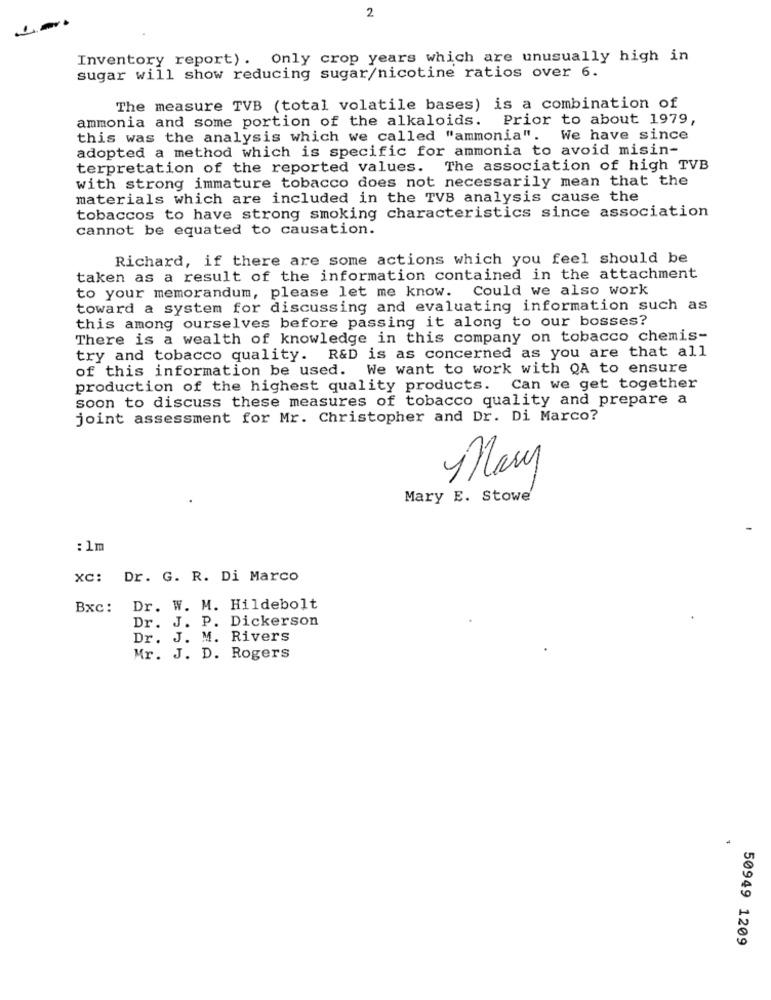
2
Inventory report). Only crop years which are unusually high in
sugar will show reducing sugar/nicotine ratios over 6.
The measure TVB (total volatile bases) is a combination of
ammonia and some portion of the alkaloids. Prior to about 1979,
this was the analysis which we called "ammonia".
We have since
adopted a method which is specific for ammonia to avoid misin-
terpretation of the reported values. The association of high TVB
with strong immature tobacco does not necessarily mean that the
materials which are included in the TVB analysis cause the
tobaccos to have strong smoking characteristics since association
cannot be equated to causation.
Richard, if there are some actions which you feel should be
taken as a result of the information contained in the attachment
to your memorandum, please let me know. Could we also work
toward a system for discussing and evaluating information such as
this among ourselves before passing it along to our bosses?
There is a wealth of knowledge in this company on tobacco chemis-
try and tobacco quality. R&D is as concerned as you are that all
of this information be used. We want to work with QA to ensure
production of the highest quality products. Can we get together
soon to discuss these measures of tobacco quality and prepare a
joint assessment for Mr. Christopher and Dr. Di Marco?
Mary
Mary E. Stowe'
: 1m
XC: Dr. G. R. Di Marco
Bxc :
Dr. W. M. Hildebolt
Dr. J. P. Dickerson
Dr. J. M. Rivers
Mr. J. D. Rogers
50949 1209